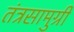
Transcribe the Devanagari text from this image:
तंत्रसामुग्री